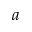
a